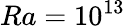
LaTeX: Ra=10^{13}